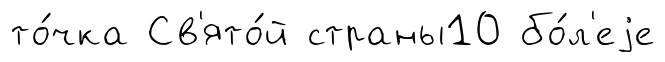
то́чка Св'ято́й страны10 бо́л'еjе